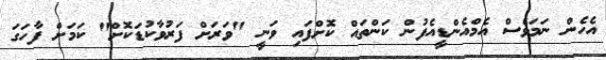
އެހެން ނަމަވެސް އެމްއެންޑީއެފުން ކަންތައް ކޮށްފައި ވަނީ "ވަރަށް ފަރުވާކުޑަކޮށް" ކަމަށް ފާހަގަ